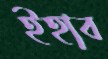
ইহাব